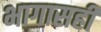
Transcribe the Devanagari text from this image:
भागासही